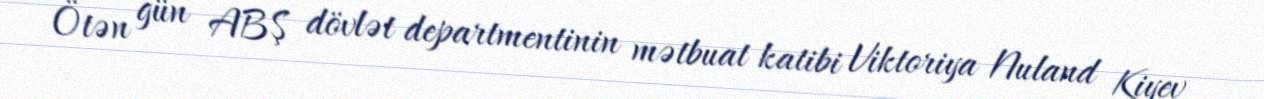
Ötən gün ABŞ dövlət departmentinin mətbuat katibi Viktoriya Nuland Kiyev